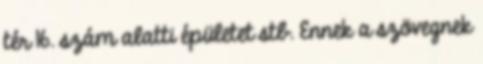
tér 16. szám alatti épületet stb. Ennek a szövegnek